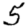
Digit: 5